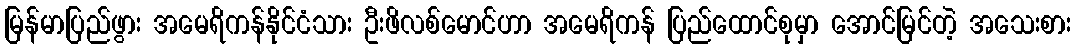
မြန်မာပြည်ဖွား အမေရိကန်နိုင်ငံသား ဦးဖိလစ်မောင်ဟာ အမေရိကန် ပြည်ထောင်စုမှာ အောင်မြင်တဲ့ အသေးစား